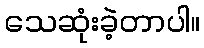
သေဆုံးခဲ့တာပါ။